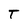
Character: T